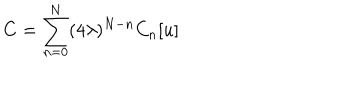
LaTeX: C = \sum _ { n = 0 } ^ { N } ( 4 \lambda ) ^ { N - n } C _ { n } [ u ]